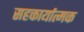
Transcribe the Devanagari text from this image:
सहकार्यात्मक